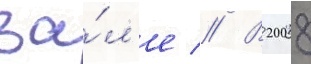
за́л'е // В 2008